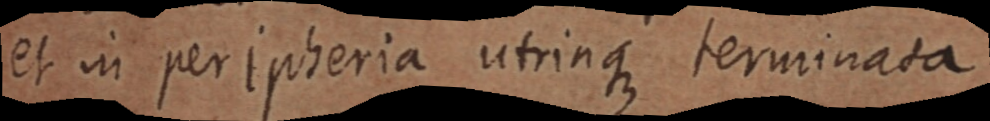
et in peripheria utrinque terminata